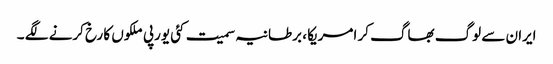
ایران سے لوگ بھاگ کر امریکا ، برطانیہ سمیت کئی یورپی ملکوں کا رخ کرنے لگے ۔